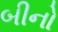
બીનો